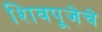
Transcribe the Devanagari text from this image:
शिवपूजेचे